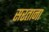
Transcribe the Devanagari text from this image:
सरताना